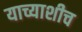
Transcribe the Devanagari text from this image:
याच्याशीच